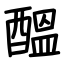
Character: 醖